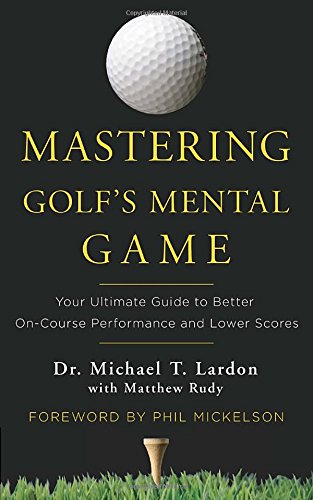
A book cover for Mastering Golf's Mental Game: Your Ultimate Guide to Better On-Course Performance and Lower Scores; Dr. Michael T. Lardon; Sports & Outdoors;